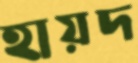
হায়দ